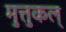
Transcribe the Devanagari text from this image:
मुत्तुकल्